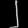
Digit: ၂